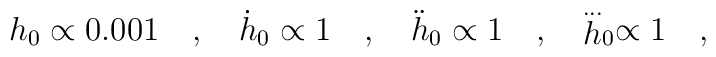
h_0 \propto 0.001 \quad , \quad \dot h_0 \propto 1 \quad, \quad \ddot h_0 \propto 1 \quad , \quad\stackrel{...} h_0 \propto 1 \quad ,